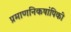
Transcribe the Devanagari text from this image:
प्रमाणनिकषांपिकी